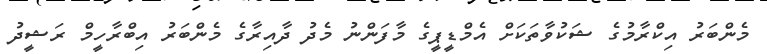
މެންބަރު އިކްރާމުގެ ޝަކުވާތަކަށް އެމްޑީޕީގެ މާފަންނު މެދު ދާއިރާގެ މެންބަރު އިބްރާހީމް ރަޝީދު